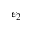
\epsilon _ { 2 }